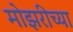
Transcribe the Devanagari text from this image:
मोझरीच्या